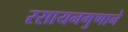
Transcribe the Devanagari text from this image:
रसायनगुणाने